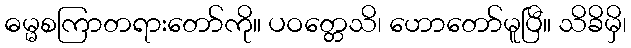
ဓမ္မစကြာတရားတော်ကို။ ပဝတ္တေသိ၊ ဟောတော်မူပြီ။ သိခိမှိ၊